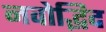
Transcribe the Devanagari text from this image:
नवोद्भिद